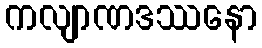
ကလျာဏဒဿနော